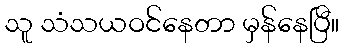
သူ သံသယဝင်နေတာ မှန်နေပြီ။